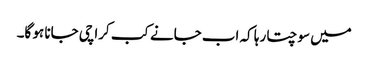
میں سوچتا رہا کہ اب جانے کب کراچی جانا ہو گا۔